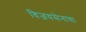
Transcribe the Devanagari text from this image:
विजयसेनाचा